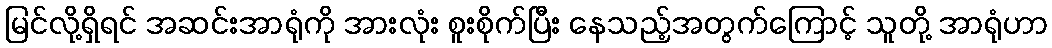
မြင်လို့ရှိရင် အဆင်းအာရုံကို အားလုံး စူးစိုက်ပြီး နေသည့်အတွက်ကြောင့် သူတို့ အာရုံဟာ